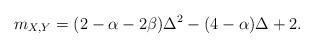
LaTeX: \begin{align*}m_{X,Y}=(2-\alpha-2\beta)\Delta^2-(4-\alpha)\Delta+2.\end{align*}